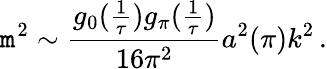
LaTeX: \mathtt{m}^{2}\sim\frac{{g_{0}(\frac{{1}}{{\tau}})g_{\pi}(\frac{{1}}{{\tau}})}}{{16\pi^{2}}}a^{2}(\pi)k^{2}\, .